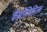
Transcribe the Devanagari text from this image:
कैथ़ॉलिसिज़्म